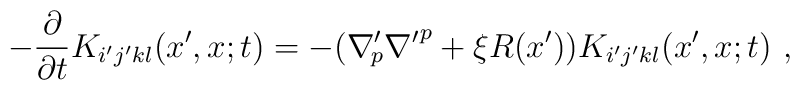
- \frac{\partial}{\partial t}  K_{i'j'kl}(x',x;t) =- ({\nabla'}\!\!_{p} {\nabla'}^{p}  + \xi R(x') ) K_{i'j'kl}(x',x;t)\ ,